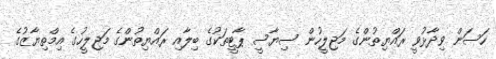
ހަސަން ވިދާޅުވީ ރައްޔިތުންގެ މަޖިލީހުން ސިޔާސީ ޕާޓީތަކުގެ ބިލާއި ރައްޔިތުންގެ މަޖިލީހުގެ އިމްތިޔާޒުގެ